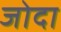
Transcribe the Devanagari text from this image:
जोदा